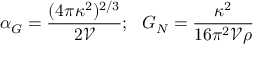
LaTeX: \alpha _ { G } = { \frac { ( 4 \pi \kappa ^ { 2 } ) ^ { 2 / 3 } } { 2 \mathcal { V } } } ; \, \, \, \, G _ { N } = { \frac { \kappa ^ { 2 } } { 1 6 \pi ^ { 2 } \mathcal { V } \rho } }